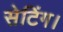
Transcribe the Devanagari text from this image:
सेटिंग।